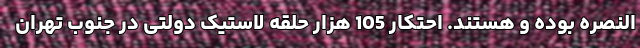
النصره بوده و هستند. احتکار 105 هزار حلقه لاستیک دولتی در جنوب تهران